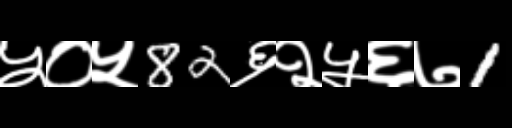
Text: ५०५82६२५६७1